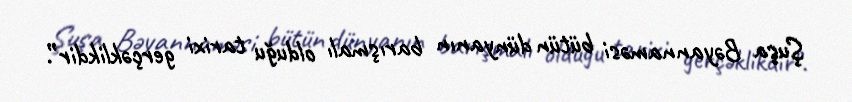
Şuşa Bəyannaməsi bütün dünyanın barışmalı olduğu tarixi gerçəklikdir”.